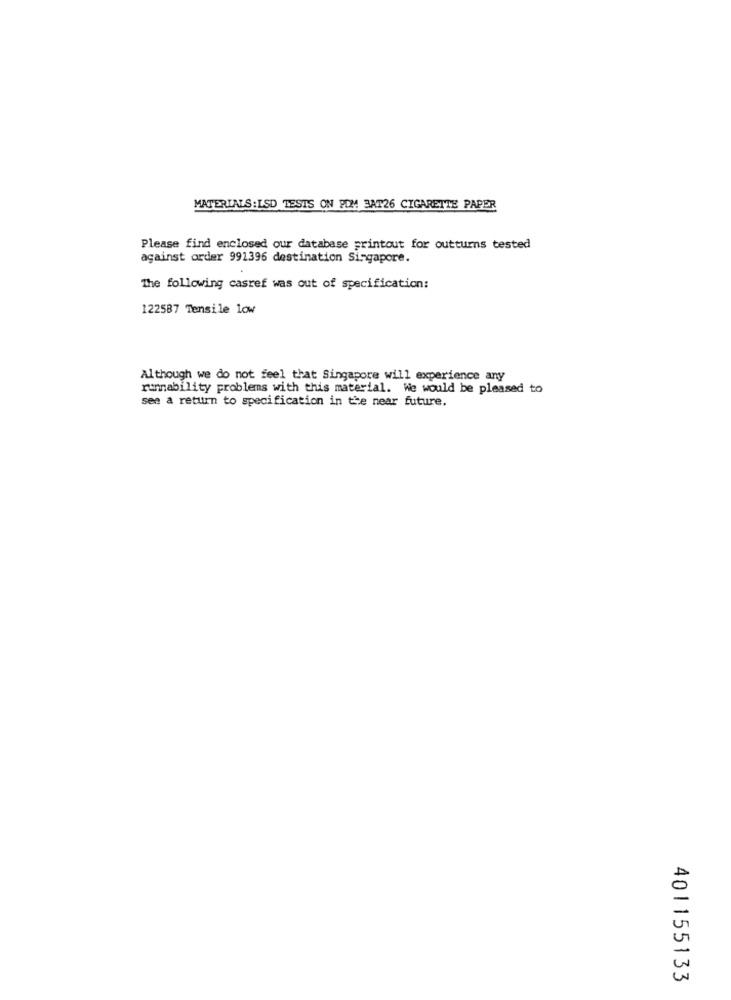
MATERIALS: LSD TESTS ON POM 3AT26 CIGARETTE PAPER
Please find enclosed our database printout for outturns tested
against order 991396 destination Singapore.
The following casref was out of specification:
122587 Tensile low
Although we do not feel that Singapore will experience any
runnability problems with this material. We would be pleased to
see a return to specification in the near future.
401155133